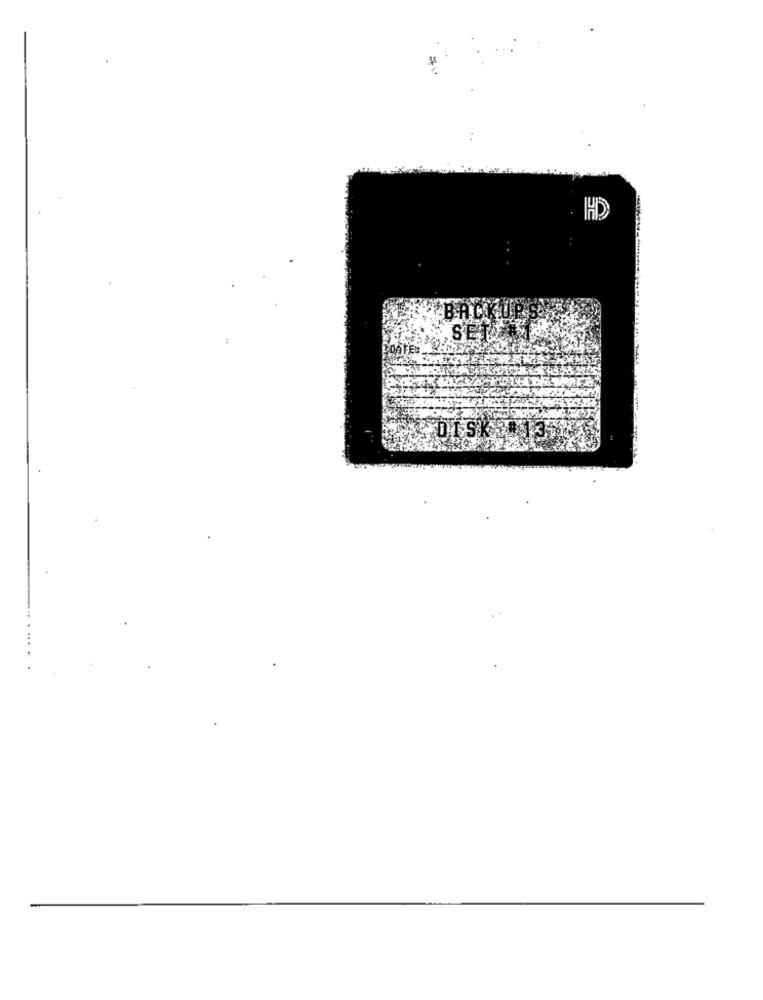
HD